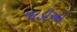
નાડીઓ